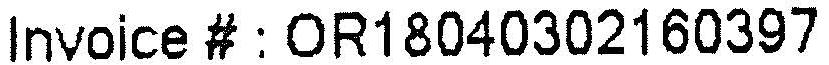
INVOICE # : OR18040302160397